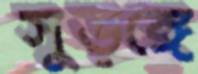
সুড়ঙ্গে